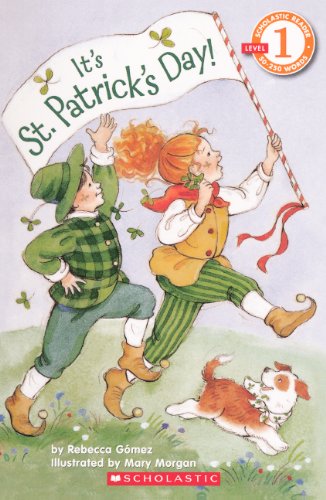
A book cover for It's St. Patrick's Day (Turtleback School & Library Binding Edition) (Scholastic Reader: Level 1 (Pb)); Rebecca Gomez; Children's Books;